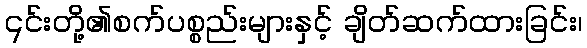
၎င်းတို့၏စက်ပစ္စည်းများနှင့် ချိတ်ဆက်ထားခြင်း၊